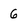
Character: 6